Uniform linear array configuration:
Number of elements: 32
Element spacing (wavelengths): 1
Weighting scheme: uniform
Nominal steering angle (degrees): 30
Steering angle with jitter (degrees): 30.426
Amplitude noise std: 0.05
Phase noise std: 0.05

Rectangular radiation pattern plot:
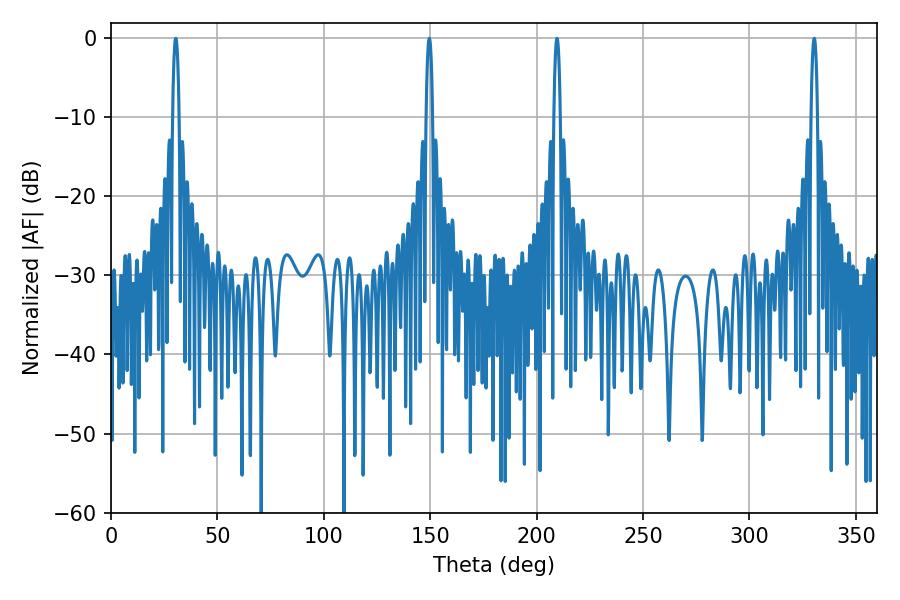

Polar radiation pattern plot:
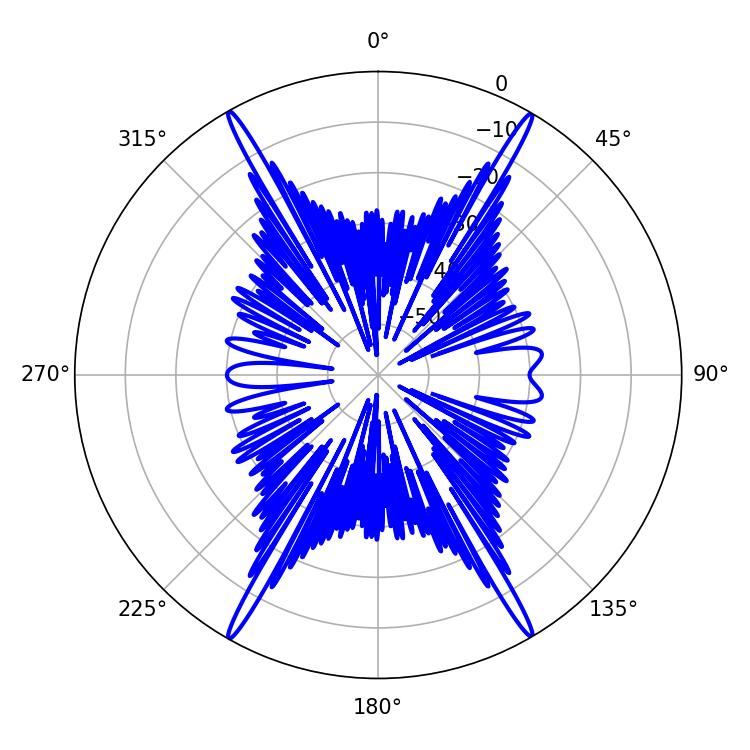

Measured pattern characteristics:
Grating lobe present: TRUE
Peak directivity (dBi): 31.106
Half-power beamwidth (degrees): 1.8
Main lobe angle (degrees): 30.42